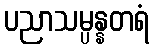
ပညာသမ္ပန္နတရံ